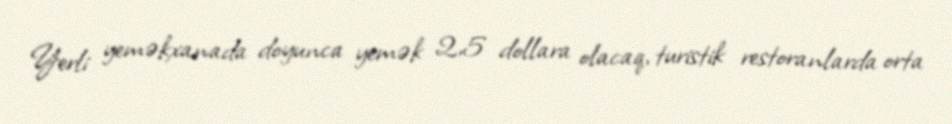
Yerli yeməkxanada doyunca yemək 2,5 dollara olacaq, turistik restoranlarda orta